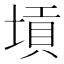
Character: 𡎴